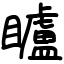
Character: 矑